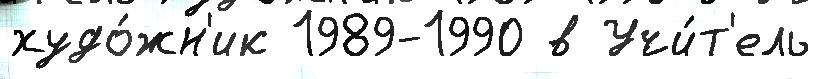
худо́жн'ик 1989-1990 в Учи́т'ель